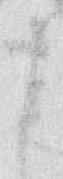
し